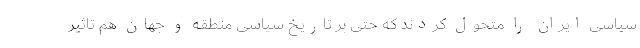
سیاسی ایران را متحول کردند که حتی بر تاریخ سیاسی منطقه و جهان هم تاثیر